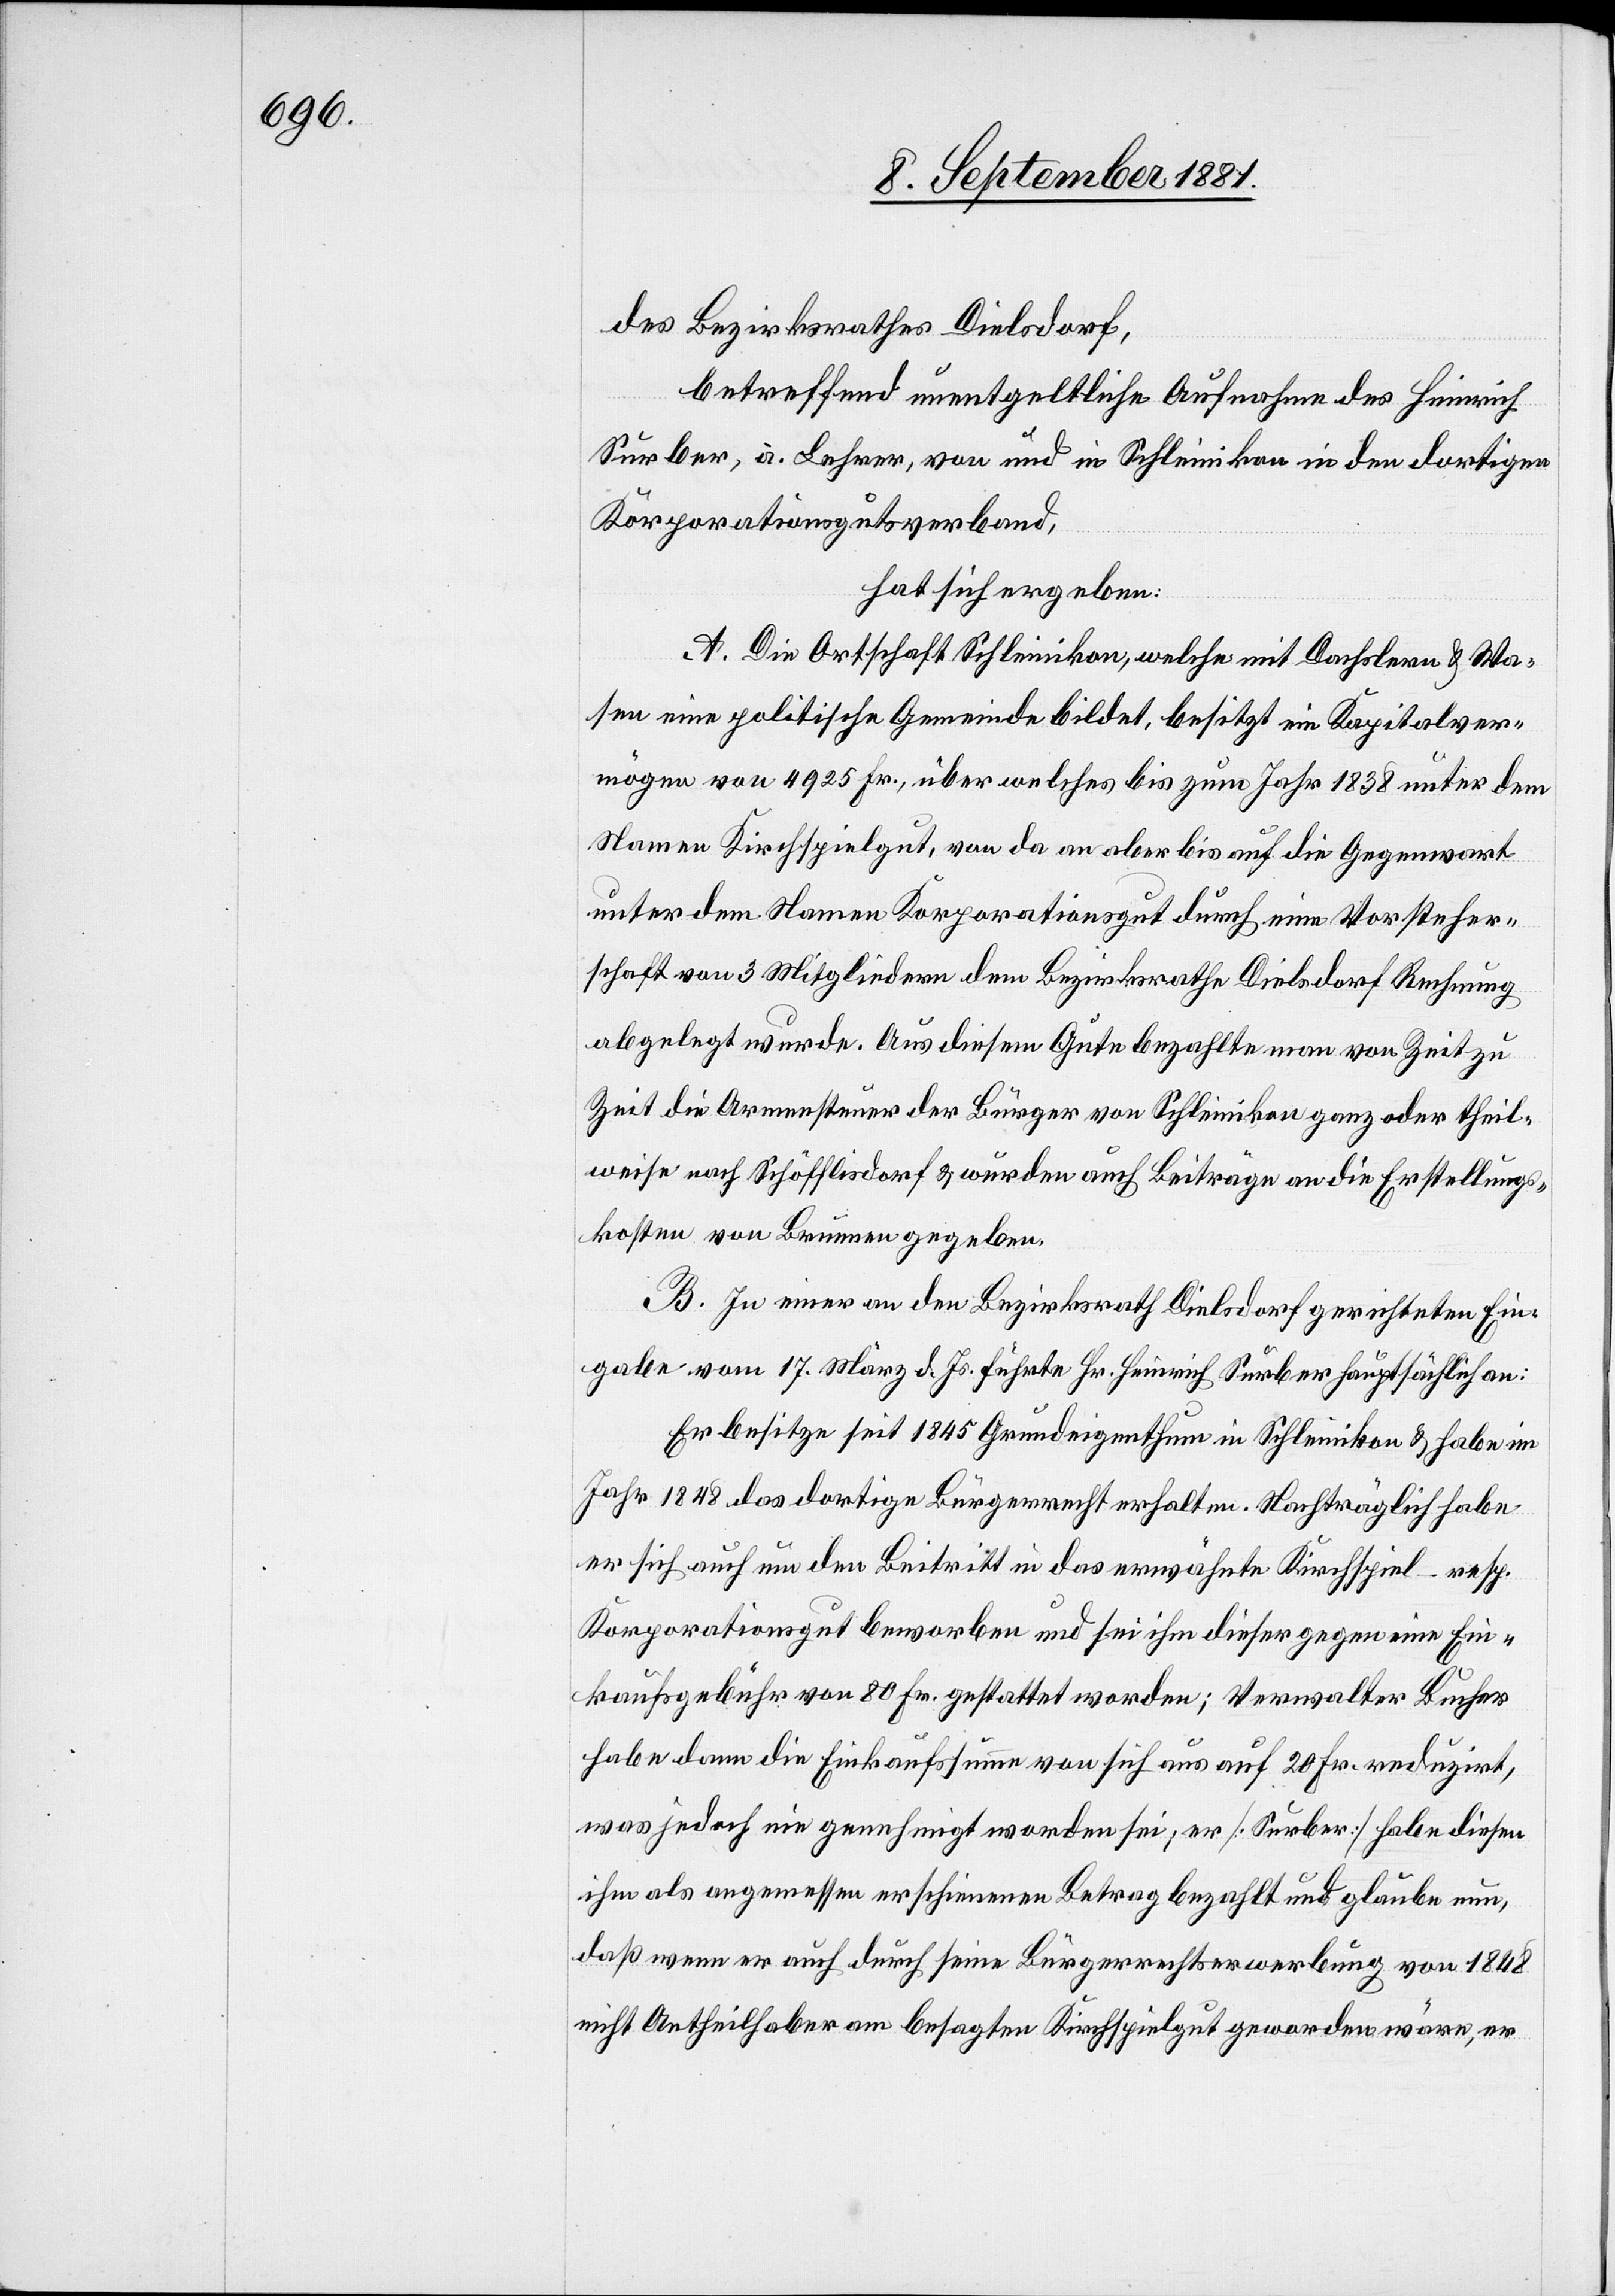
des Bezirksrathes Dielsdorf,
betreffend unentgeltliche Aufnahme des Heinrich
Surber, a. Lehrer, von und in Schleinikon in den dortigen
Korporationsgutsverband,
hat sich ergeben:
A. Die Ortschaft Schleinikon, welche mit Dachslern & Wa¬
sen eine politische Gemeinde bildet, besitzt ein Kapitalver¬
mögen von 4925 Fr., über welches bis zum Jahr 1838 unter dem
Namen Kirchspielgut, von da an aber bis auf die Gegenwart
unter dem Namen Korporationsgut durch eine Vorsteher¬
schaft von 3 Mitgliedern dem Bezirksrathe Dielsdorf Rechnung
abgelegt wurde. Aus diesem Gute bezahlte man von Zeit zu
Zeit die Armensteuer der Bürger von Schleinikon ganz oder theil¬
weise nach Schöfflisdorf & wurden auch Beiträge an die Erstellungs¬
kosten von Brunnen gegeben.
B. In einer an den Bezirksrath Dielsdorf gerichteten Ein¬
gabe vom 17. März d. Js. führte Hr. Heinrich Surber hauptsächlich an:
Er besitze seit 1845 Grundeigenthum in Schleinikon & habe im
Jahr 1848 das dortige Bürgerrecht erhalten. nachträglich habe
er sich auch um den Beitritt in das erwähnte Kirchspiel – resp.
Korporationsgut beworben und sei ihm dieser gegen eine Ein¬
kaufsgebühr vom 80 Fr. gestattet worden; Verwalter Bucher
habe dann die Einkaufssumme von sich aus auf 20 Fr. reduzirt,
was jedoch nie genehmigt worden sei; er [Surber] habe diesen
ihm als angemessen erschienenen Betrag bezahlt und glaubte nun,
daß wenn er auch durch seine Bürgerrechtserwerbung von 1848
nicht Antheilhaber am besagten Kirchspielgut geworden wäre, er